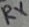
Text: RX